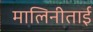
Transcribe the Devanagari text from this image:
मालिनीताई